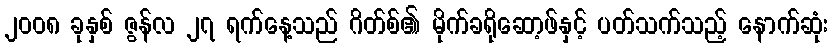
၂၀၀၈ ခုနှစ် ဇွန်လ ၂၇ ရက်နေ့သည် ဂိတ်စ်၏ မိုက်ခရိုဆော့ဖ်နှင့် ပတ်သက်သည့် နောက်ဆုံး